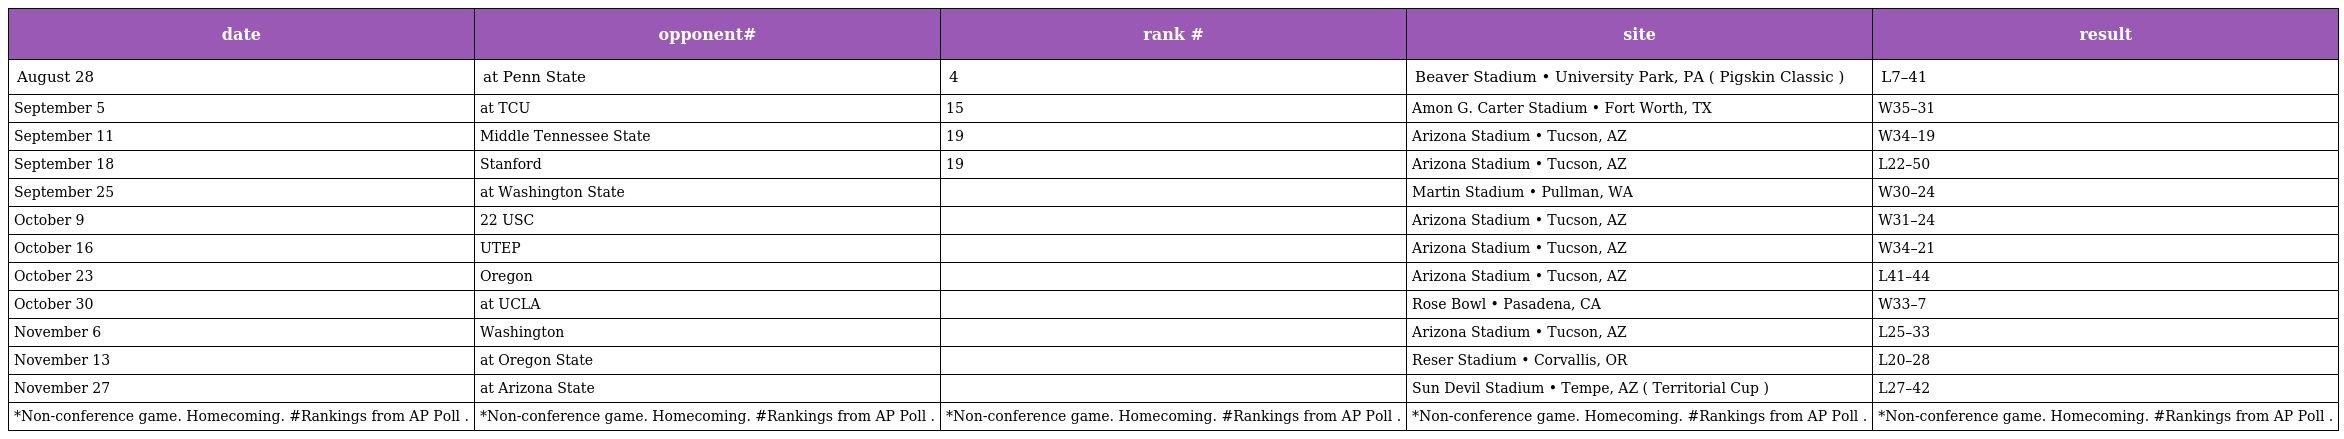
| date | opponent# | rank # | site | result |
 | --- | --- | --- | --- | --- |
 | August 28 | at Penn State | 4 | Beaver Stadium • University Park, PA ( Pigskin Classic ) | L7–41 |
 | September 5 | at TCU | 15 | Amon G. Carter Stadium • Fort Worth, TX | W35–31 |
 | September 11 | Middle Tennessee State | 19 | Arizona Stadium • Tucson, AZ | W34–19 |
 | September 18 | Stanford | 19 | Arizona Stadium • Tucson, AZ | L22–50 |
 | September 25 | at Washington State |  | Martin Stadium • Pullman, WA | W30–24 |
 | October 9 | 22 USC |  | Arizona Stadium • Tucson, AZ | W31–24 |
 | October 16 | UTEP |  | Arizona Stadium • Tucson, AZ | W34–21 |
 | October 23 | Oregon |  | Arizona Stadium • Tucson, AZ | L41–44 |
 | October 30 | at UCLA |  | Rose Bowl • Pasadena, CA | W33–7 |
 | November 6 | Washington |  | Arizona Stadium • Tucson, AZ | L25–33 |
 | November 13 | at Oregon State |  | Reser Stadium • Corvallis, OR | L20–28 |
 | November 27 | at Arizona State |  | Sun Devil Stadium • Tempe, AZ ( Territorial Cup ) | L27–42 |
 | *Non-conference game. Homecoming. #Rankings from AP Poll . | *Non-conference game. Homecoming. #Rankings from AP Poll . | *Non-conference game. Homecoming. #Rankings from AP Poll . | *Non-conference game. Homecoming. #Rankings from AP Poll . | *Non-conference game. Homecoming. #Rankings from AP Poll . |